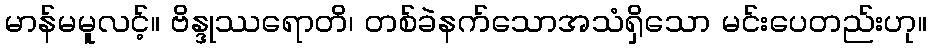
မာန်မမူလင့်။ ဗိန္ဒုဿရောတိ၊ တစ်ခဲနက်သောအသံရှိသော မင်းပေတည်းဟု။